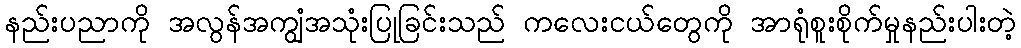
နည်းပညာကို အလွန်အကျွံအသုံးပြုခြင်းသည် ကလေးငယ်တွေကို အာရုံစူးစိုက်မှုနည်းပါးတဲ့